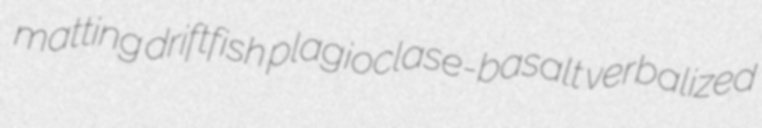
matting driftfish plagioclase-basalt verbalized